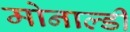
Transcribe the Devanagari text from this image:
मोनाल्डी